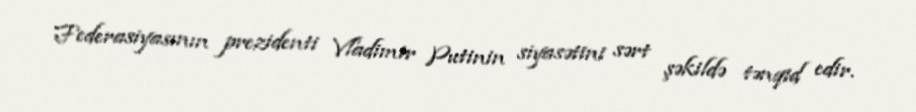
Federasiyasının prezidenti Vladimir Putinin siyasətini sərt şəkildə tənqid edir.